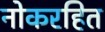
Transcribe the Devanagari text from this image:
नोकरहित